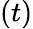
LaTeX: (t)